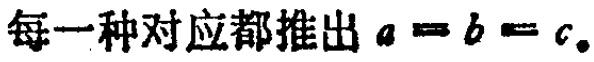
每一种对应都推出 \(a = b = c\)。